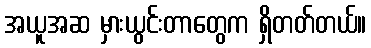
အယူအဆ မှားယွင်းတာတွေက ရှိတတ်တယ်။